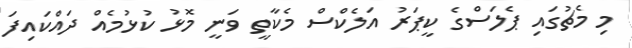
މި މެޗުގައި ޕެލަސްގެ ކީޕަރު އަލެކްސް މެކާތީ ވަނީ މޮޅު ކުޅުމެއް ދައްކައިފަ